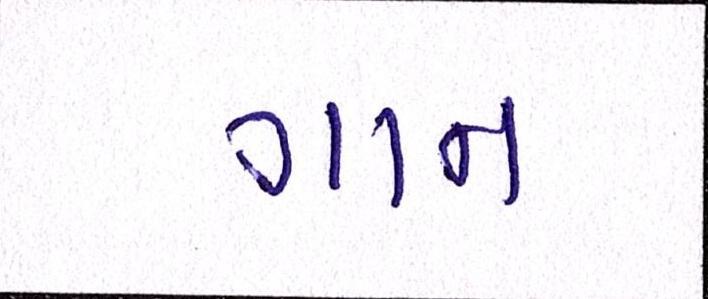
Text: ગાન